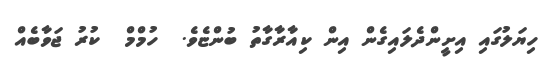
ހިޔަލުގައި އިށީންދެލައިގެން އިން ކިއާރާގާތު ބުންޏެވެ.  ހުމްމް  ކުރު ޖަވާބެއް